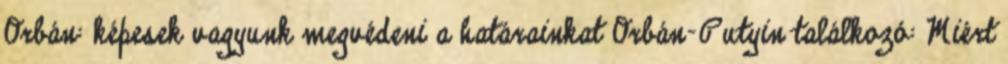
Orbán: képesek vagyunk megvédeni a határainkat Orbán-Putyin találkozó: Miért